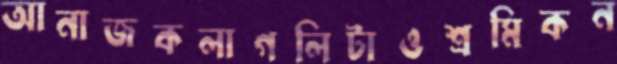
আনাজকলাগলিটাওশ্রমিকন